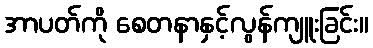
အာပတ်ကို စေတနာနှင့်လွန်ကျူးခြင်း။